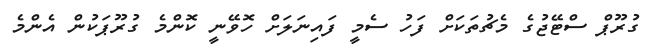
ގުރޫޕް ސްޓޭޖުގެ މެޗުތަކަށް ފަހު ސެމީ ފައިނަލަށް ހޮވޭނީ ކޮންމެ ގުރޫޕަކުން އެންމެ